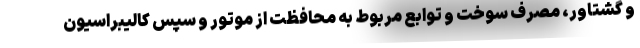
و گشتاور، مصرف سوخت و توابع مربوط به محافظت از موتور و سپس کالیبراسیون